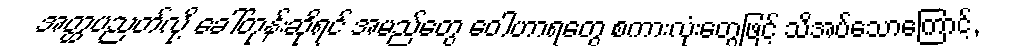
အတ္ထပညတ်လို့ ခေါ်တုန်းဆိုရင် အမည်တွေ ဝေါဟာရတွေ စကားလုံးတွေဖြင့် သိအပ်သောကြောင့်,